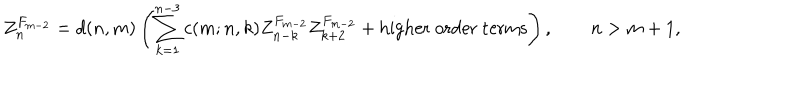
{ Z } _ { n } ^ { F _ { m - 2 } } = d ( n , m ) \left( \sum _ { k = 1 } ^ { n - 3 } c ( m ; n , k ) { Z } _ { n - k } ^ { F _ { m - 2 } } { Z } _ { k + 2 } ^ { F _ { m - 2 } } + \mathrm { h i g h e r ~ o r d e r ~ t e r m s } \right) , \qquad n > m + 1 ,